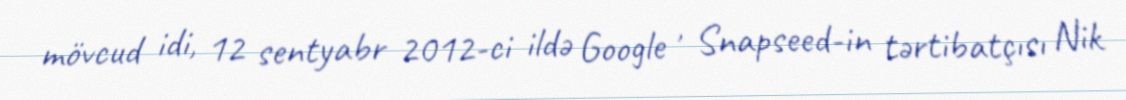
mövcud idi, 12 sentyabr 2012-ci ildə Google , Snapseed-in tərtibatçısı Nik